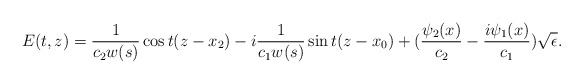
\begin{align*} E(t,z) = \frac{1}{c_2 w(s)} \cos t(z- x_2) -i\frac{1}{c_1 w(s)} \sin t(z- x_0) + (\frac{\psi_2 (x)}{c_2} - \frac{i\psi_1 (x) }{c_1} ) \sqrt{\epsilon}.\end{align*}